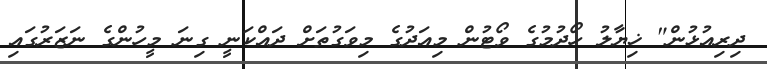
ދިރިއުޅުން" ޚިޔާލު ހޯދުމުގެ ވޯޓުން މިއަދުގެ މިވަގުތަށް ދައްކަނީ ގިނަ މީހުންގެ ނަޒަރުގައި